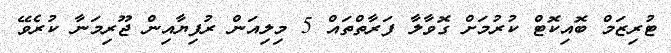
ޓުރިޒަމް ބޮއިކޮޓް ކުރުމަށް ގޮވާލާ ފަރާތްތައް 5 މިލިއަން ރުފިޔާއިން ޖޫރިމަނާ ކުރެވޭ